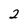
Character: 2